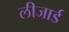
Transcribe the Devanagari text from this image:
लीजार्ड